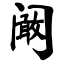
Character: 阚